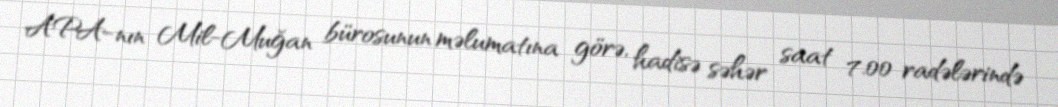
APA-nın Mil-Muğan bürosunun məlumatına görə, hadisə səhər saat 7.00 radələrində